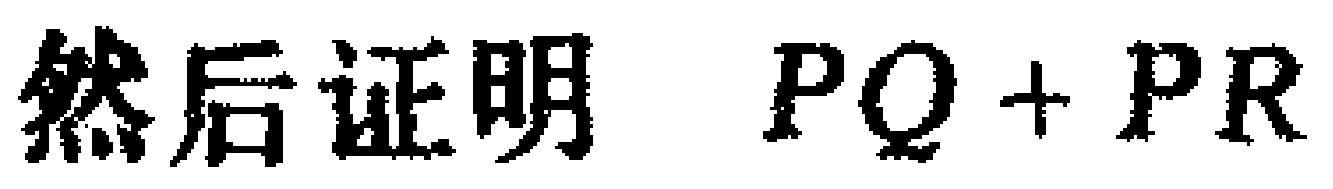
然后证明 $PQ + PR$